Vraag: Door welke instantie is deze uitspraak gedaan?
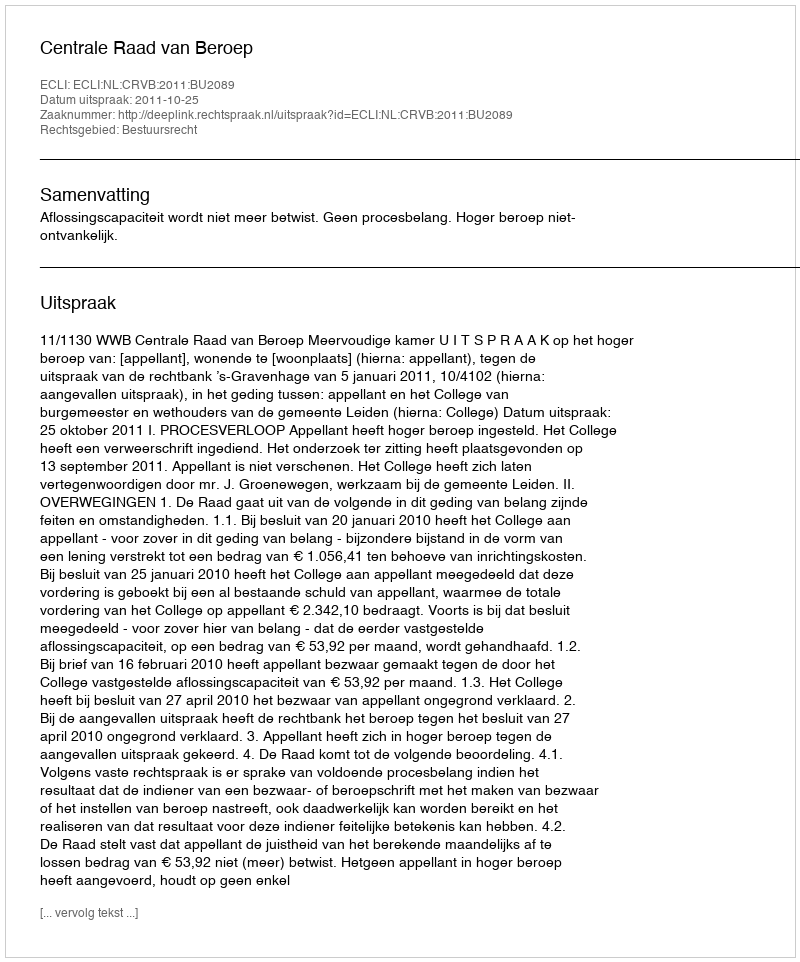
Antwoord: Centrale Raad van Beroep